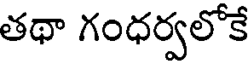
తథా గంధర్వలోకే